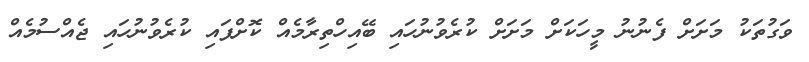
ވަގުތަކު މަށަށް ފެނުނު މީހަކަށް މަށަށް ކުރެވުނުހައި ބޭއިހްތިރާމެއް ކޮށްފައި ކުރެވުނުހައި ޖެއްސުމެއް